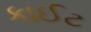
કાઈટ